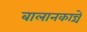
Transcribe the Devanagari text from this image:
बालानकान्चे